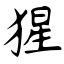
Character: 猩